Annual administration report of the Civil Veterinary Department of India - 1895-1896
Year: 1895
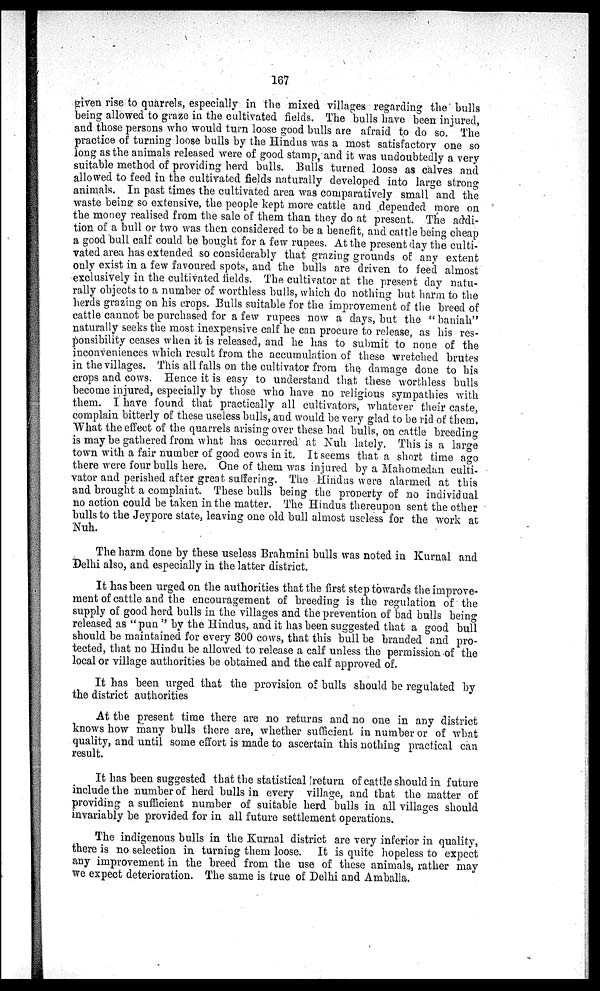
167
given rise to quarrels, especially in the mixed villages regarding the bulls
being allowed to graze in the cultivated fields. The bulls have been injured,
and those persons who would turn loose good bulls are afraid to do so. The
practice of turning loose bulls by the Hindus was a most satisfactory one so
long as the animals released were of good stamp, and it was undoubtedly a very
suitable method of providing herd bulls. Bulls turned loose as calves and
allowed to feed in the cultivated fields naturally developed into large strong
animals. In past times the cultivated area was comparatively small and the
waste being so extensive, the people kept more cattle and depended more on
the money realised from the sale of them than they do at present. The addi-
tion of a bull or two was then considered to be a benefit, and cattle being cheap
a good bull calf could be bought for a few rupees. At the present day the culti-
vated area has extended so considerably that grazing grounds of any extent
only exist in a few favoured spots, and the bulls are driven to feed almost
exclusively in the cultivated fields. The cultivator at the present day natu-
rally objects to a number of worthless bulls, which do nothing but harm to the
herds grazing on his crops. Bulls suitable for the improvement of the breed of
cattle cannot be purchased for a few rupees now a days, but the "banian."
naturally seeks the most inexpensive calf he can procure to release, as his res-
ponsibility ceases when it is released, and he has to submit to none of the
inconveniences which result from the accumulation of these wretched brutes
in the villages. This all falls on the cultivator from the damage done to his
crops and cows. Hence it is easy to understand that these worthless bulls
become injured, especially by those who have no religious sympathies with
them. I have found that practically all cultivators, whatever their caste,
complain bitterly of these useless bulls, and would be very glad to be rid of them.
What the effect of the quarrels arising over these bad bulls, on cattle breeding
is may be gathered from what has occurred at Nuh lately. This is a large
town with a fair number of good cows in it. It seems that a short time ago
there were four bulls here. One of them was injured by a Mahomedan culti-
vator and perished after great suffering. The Hindus were alarmed at this
and brought a complaint. These bulls being the property of no individual
no action could be taken in the matter. The Hindus thereupon sent the other
bulls to the Jeypore state, leaving one old bull almost useless for the work at
Nuh.
The harm done by these useless Brahmini bulls was noted in Kurnal and
Delhi also, and especially in the latter district.
It has been urged on the authorities that the first step towards the improve-
ment of cattle and the encouragement of breeding is the regulation of the
supply of good herd bulls in the villages and the prevention of bad bulls being
released as "pun" by the Hindus, and it has been suggested that a good bull
should be maintained for every 300 cows, that this bull be branded and pro-
tected, that no Hindu be allowed to release a calf unless the permission of the
local or village authorities be obtained and the calf approved of.
It has been urged that the provision of bulls should be regulated by
the district authorities
At the present time there are no returns and no one in any district
knows how many bulls there are, whether sufficient in number or of what
quality, and until some effort is made to ascertain this nothing practical can
result.
It has been suggested that the statistical return of cattle should in future
include the number of herd bulls in every village, and that the matter of
providing a sufficient number of suitable herd bulls in all villages should
invariably be provided for in all future settlement operations.
The indigenous bulls in the Kurnal district are very inferior in quality,
there is no selection in turning them loose. It is quite hopeless to expect
any improvement in the breed from the use of these animals, rather may
we expect deterioration. The same is true of Delhi and Amballa.